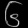
Digit: ၆